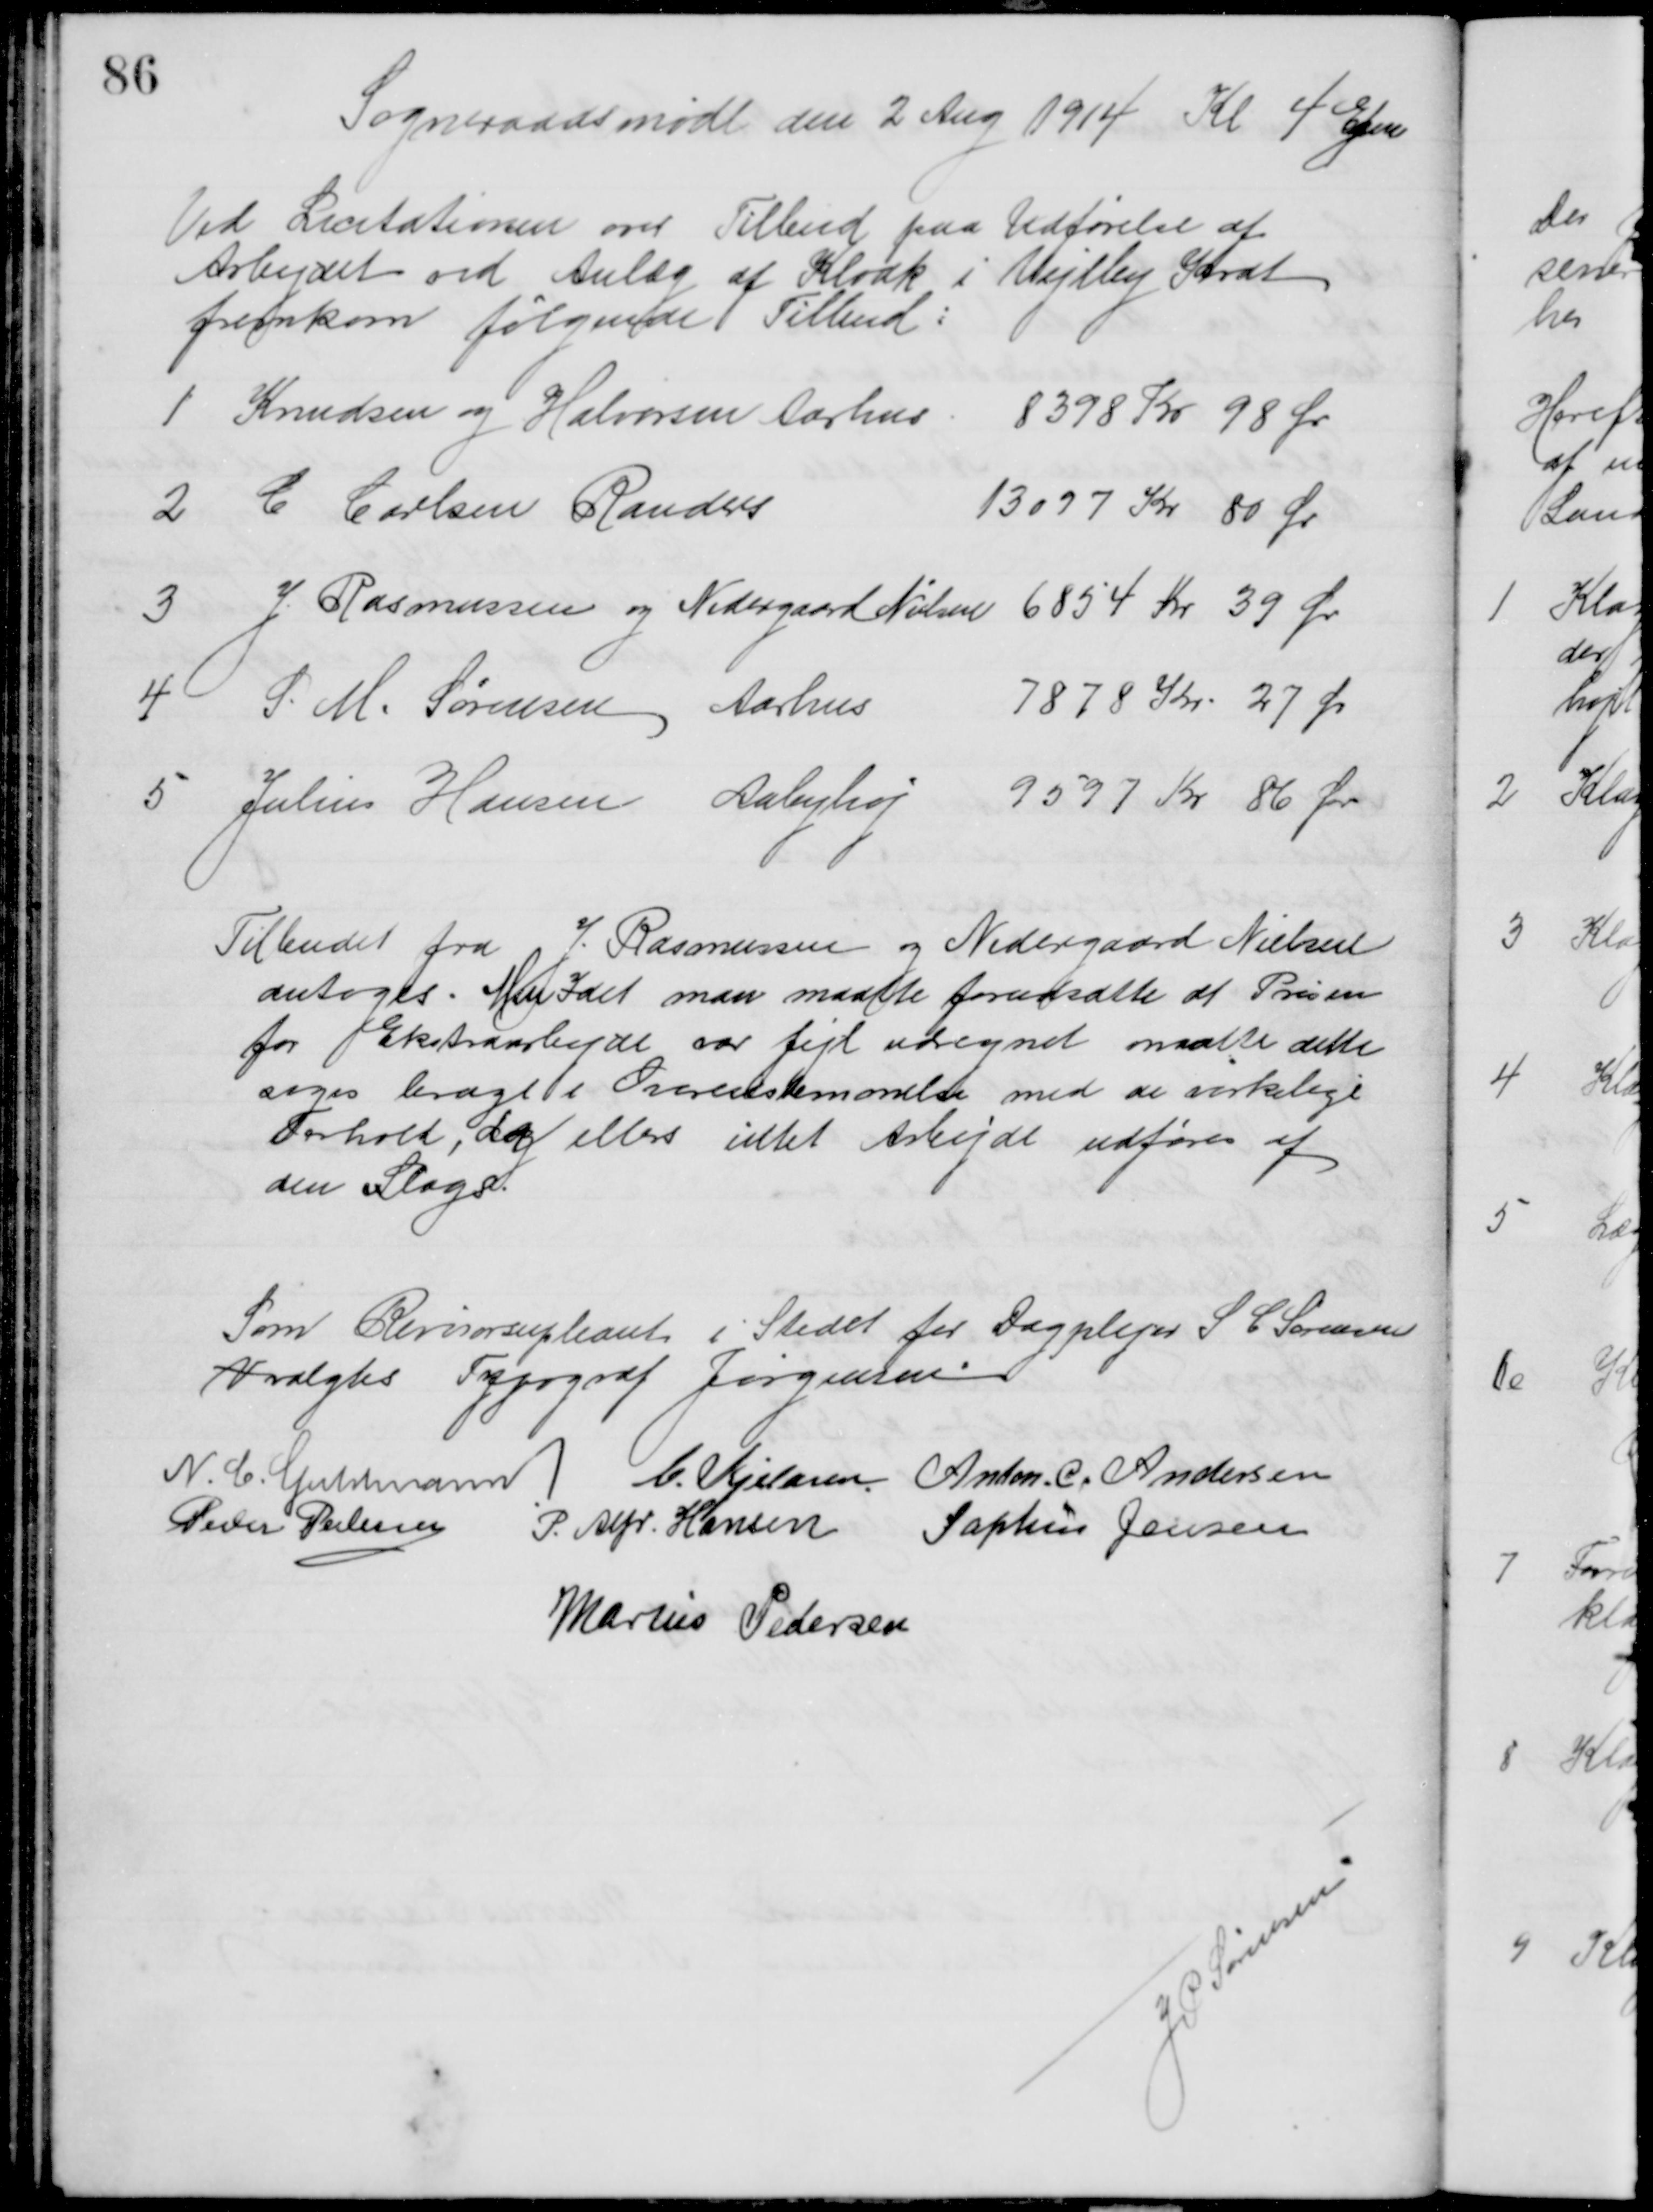
Transskription:
Sogneraadsmøde den 2 Aug 1914 Kl 4 Efm
Ved Licitationen over Tilbud paa Udførelse af
Arbejdet ved Anlæg af Kloak i Vejlby Krat
fremkom følgende Tilbud:
1 Knudsen og Halvorsen Aarhus. 8398 Kr 98 Ør
2 C. Carlsen Randers
13097 Kr 80 Ør
3 J. Rasmussen og Nedergaard Nielsen 6854 Kr 39 Ør
4 S. M. Sørensen Aarhus
7878 Kr. 27 Ør
5 Julius Hansen Aabyhøj 9597 Kr 86 Ør
Tilbudet fra J. Rasmussen og Nedergaard Nielsen
antoges. Men Idet man maatte forudsætte at Prisen
for Ekstraarbejde var fejl udregnet maatte dette
søges bragt i Overenstemmelse med de virkelige 
Forhold, da ellers intet Arbejde udføres af
den Slags.
Som Revisorsupleant i Stedet for Dagplejer S. C. Sørensen
V valgtes Typograf Jørgensen
N. C. Guldmann C. Kjeldsen Anton. C. Andersen
Peder Pedersen
P. Alfr. Hansen
Sophus Jensen
Marius Pedersen

J. P. Sørensen